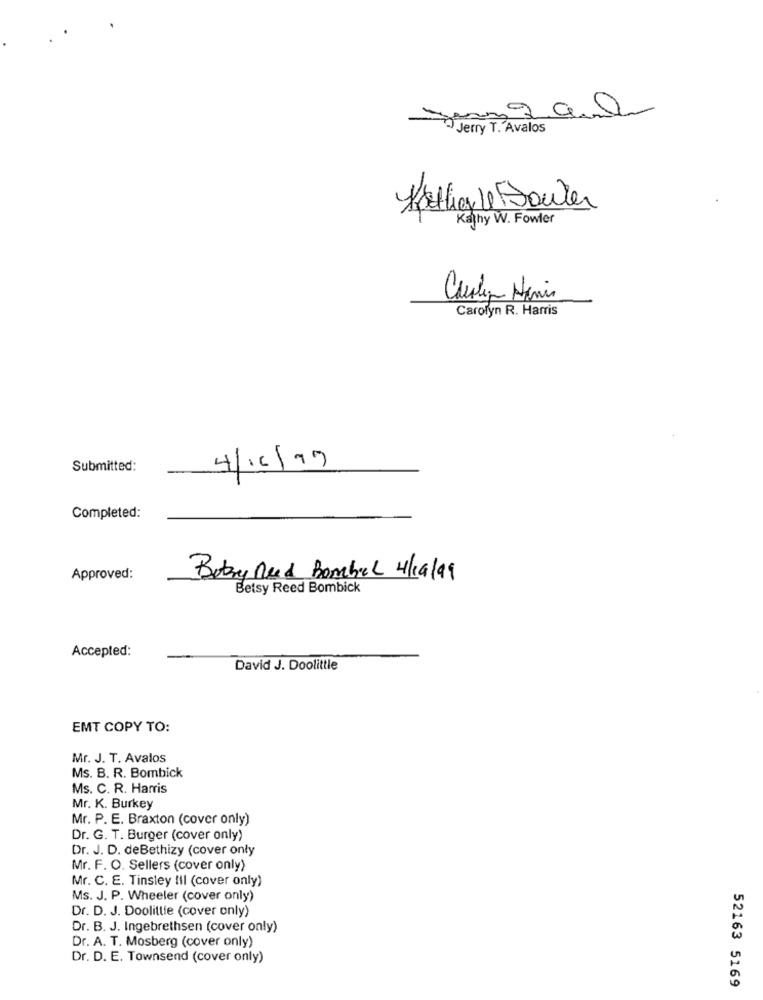
Jerry T. Avalos
Kather le Bouter
Kathy W. Fowler
Carolyn R. Harris
4/16/19
Submitted:
Completed:
Approved:
Botany Reed Bombal 4/19/99
Betsy Reed Bombick
Accepted:
David J. Doolittle
EMT COPY TO:
Mr. J. T. Avalos
Ms. B. R. Bombick
Ms. C. R. Harris
Mr. K. Burkey
Mr. P. E. Braxton (cover only)
Dr. G. T. Burger (cover only)
Dr. J. D. deBethizy (cover only
Mr. F. O. Sellers (cover only)
Mr. C. E. Tinsley til (cover only)
Ms. J. P. Wheeler (cover only)
Dr. D. J. Doolittle (cover only)
Dr. B. J. Ingebrethsen (cover only)
Dr. A. T. Mosberg (cover only)
Dr. D. E. Townsend (cover only)
52163 5169